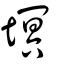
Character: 塓